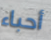
أحباء